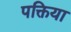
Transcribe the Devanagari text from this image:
पक्तिया